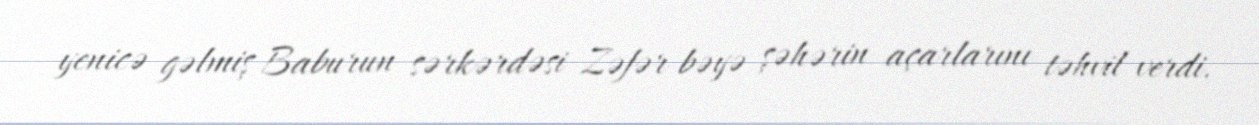
yenicə gəlmiş Baburun sərkərdəsi Zəfər bəyə şəhərin açarlarını təhvil verdi.